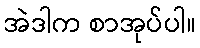
အဲဒါက စာအုပ်ပါ။